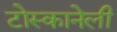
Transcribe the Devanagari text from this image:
टोस्कानेली